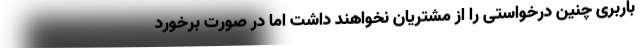
باربری چنین درخواستی را از مشتریان نخواهند داشت اما در صورت برخورد